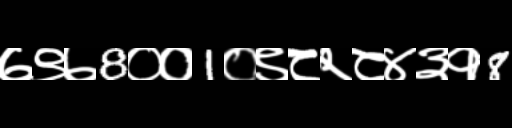
Text: ७९७8००1०९८२८४३१8